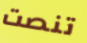
تنصت